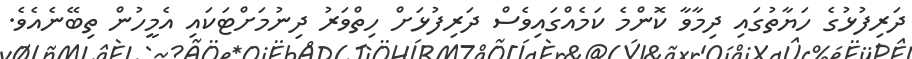
ދަރިފުޅުގެ ހަޔާތުގައި ދިމާވާ ކޮންމެ ކަމެއްގައިވެސް ދަރިފުޅަށް ހިތްވަރު ދިނުމަށްޓަކައި އެމީހުން ތިބޭނެއެވެ.